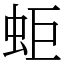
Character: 蚷